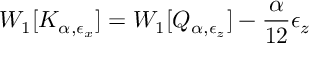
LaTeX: W _ { 1 } [ K _ { \alpha , \epsilon _ { x } } ] = W _ { 1 } [ Q _ { \alpha , \epsilon _ { z } } ] - { \frac { \alpha } { 1 2 } } \epsilon _ { z } ~ ~ ~